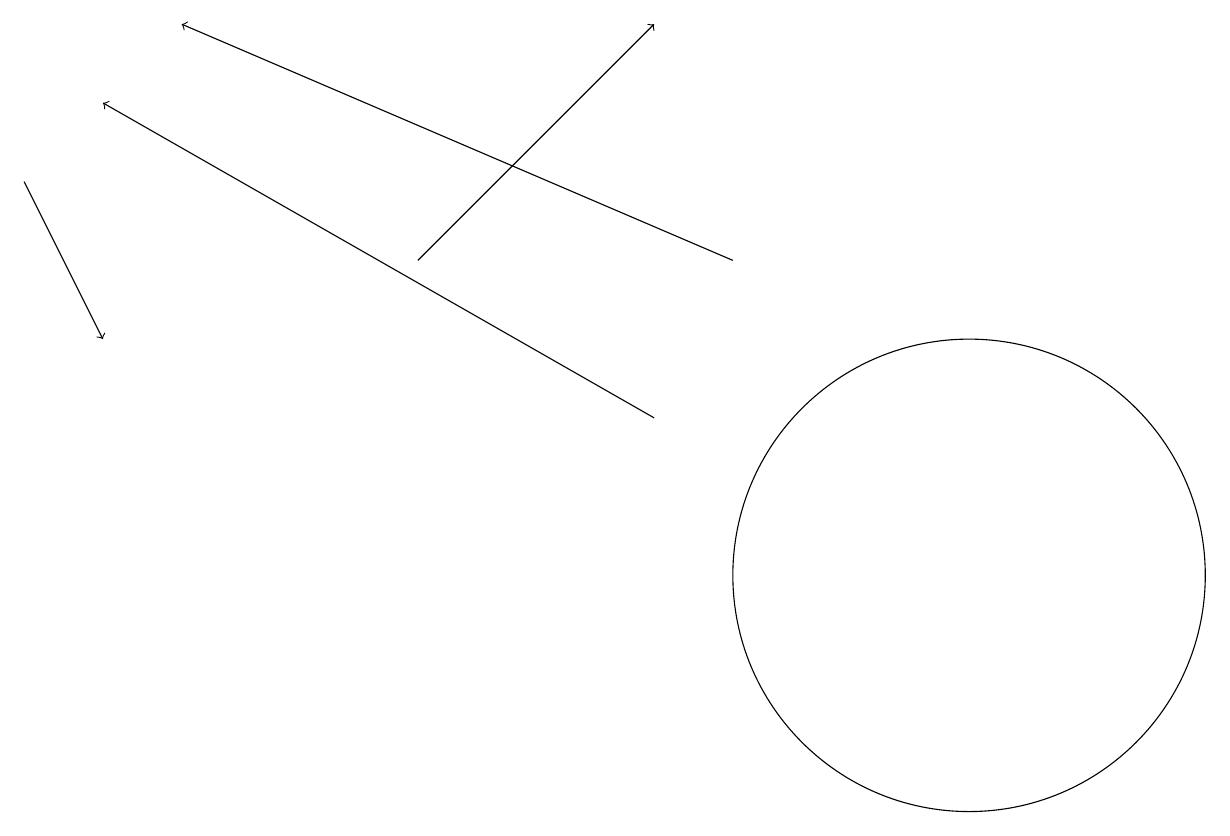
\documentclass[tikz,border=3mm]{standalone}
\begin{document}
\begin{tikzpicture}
\draw[->] (8,13) -- (1,17);
\draw[->] (0,16) -- (1,14);
\draw (12,11) circle (3);
\draw[->] (5,15) -- (8,18);
\draw (11,10) circle (0);
\draw[->] (9,15) -- (2,18);
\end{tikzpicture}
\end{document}